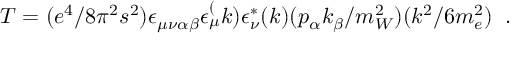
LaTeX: T = ( e ^ { 4 } / 8 { \pi } ^ { 2 } s ^ { 2 } ) \epsilon _ { \mu \nu \alpha \beta } \epsilon _ { \mu } ^ { ( } k ) \epsilon _ { \nu } ^ { * } ( k ) ( p _ { \alpha } k _ { \beta } / m _ { W } ^ { 2 } ) ( k ^ { 2 } / 6 m _ { e } ^ { 2 } ) \; \; .